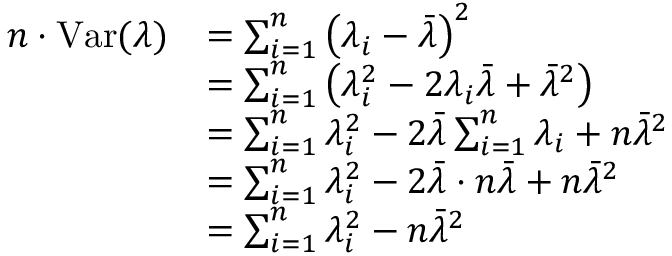
\begin{array} { r l } { n \cdot \mathrm { V a r } ( \lambda ) } & { = \sum _ { i = 1 } ^ { n } \left( \lambda _ { i } - \bar { \lambda } \right) ^ { 2 } } \\ & { = \sum _ { i = 1 } ^ { n } \left( \lambda _ { i } ^ { 2 } - 2 \lambda _ { i } \bar { \lambda } + \bar { \lambda } ^ { 2 } \right) } \\ & { = \sum _ { i = 1 } ^ { n } \lambda _ { i } ^ { 2 } - 2 \bar { \lambda } \sum _ { i = 1 } ^ { n } \lambda _ { i } + n \bar { \lambda } ^ { 2 } } \\ & { = \sum _ { i = 1 } ^ { n } \lambda _ { i } ^ { 2 } - 2 \bar { \lambda } \cdot n \bar { \lambda } + n \bar { \lambda } ^ { 2 } } \\ & { = \sum _ { i = 1 } ^ { n } \lambda _ { i } ^ { 2 } - n \bar { \lambda } ^ { 2 } } \end{array}